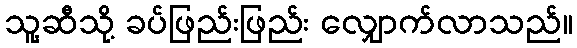
သူ့ဆီသို့ ခပ်ဖြည်းဖြည်း လျှောက်လာသည်။